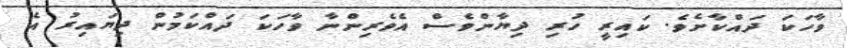
ވާހަކަ ދައްކާށެވެ. ކައިރީ ހުރި ދިޔާންވެސް އެވެރިންނާ ވާހަކަ ދައްކަމުން ދިޔައިރު އެ